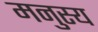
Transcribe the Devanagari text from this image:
मनुस्य